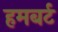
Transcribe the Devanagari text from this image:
हमबर्ट